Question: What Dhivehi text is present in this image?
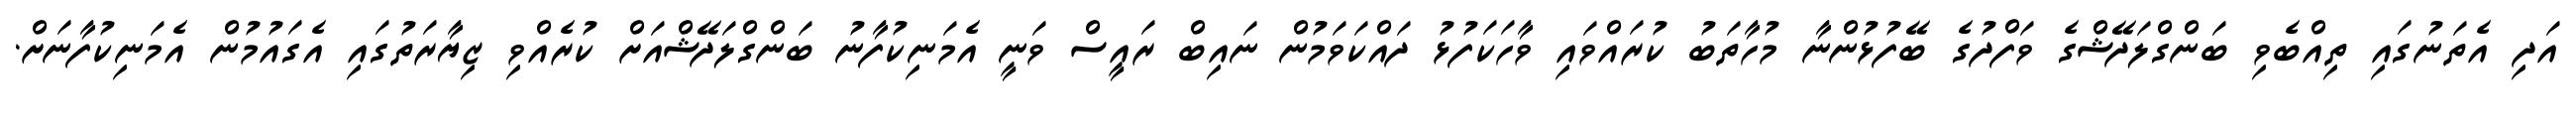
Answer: އަދި އެތަނުގައި ތިއްބެވި ބަންގްލަދޭޝްގެ ވަފްދުގެ ބޭފުޅުންނާ މުހާތަބު ކުރައްވައި ވާހަކަފުޅު ދައްކަވަމުން ނައިބް ރައީސް ވަނީ އެމަނިކުފާނު ބަންގްލަދޭޝްއަށް ކުރެއްވި ޒިޔާރަތުގައި އެގައުމުން އެމަނިކުފާނަށް.